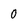
Character: 0